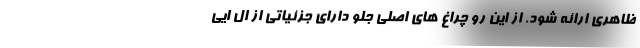
ظاهری ارائه شود. از این رو چراغ های اصلی جلو دارای جزئیاتی از ال ایی